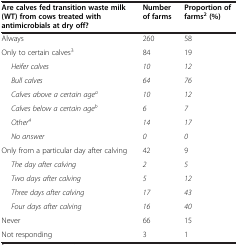
<table><thead><tr><td><b>Are calves fed transition waste milk (WT) from cows treated with antimicrobials at dry off?</b></td><td><b>Number of farms</b></td><td><b>Proportion of farms<sup>2 </sup>(%)</b></td></tr></thead><tbody><tr><td>Always</td><td>260</td><td>58</td></tr><tr><td>Only to certain calves<sup>3</sup></td><td>84</td><td>19</td></tr><tr><td><i>Heifer calves</i></td><td><i>10</i></td><td><i>12</i></td></tr><tr><td><i>Bull calves</i></td><td><i>64</i></td><td><i>76</i></td></tr><tr><td><i>Calves above a certain age</i><sup><i>a</i></sup></td><td><i>10</i></td><td><i>12</i></td></tr><tr><td><i>Calves below a certain age</i><sup><i>b</i></sup></td><td><i>6</i></td><td><i>7</i></td></tr><tr><td><i>Other</i><sup><i>4</i></sup></td><td><i>14</i></td><td><i>17</i></td></tr><tr><td><i>No answer</i></td><td><i>0</i></td><td><i>0</i></td></tr><tr><td>Only from a particular day after calving</td><td>42</td><td>9</td></tr><tr><td><i>The day after calving</i></td><td><i>2</i></td><td><i>5</i></td></tr><tr><td><i>Two days after calving</i></td><td><i>5</i></td><td><i>12</i></td></tr><tr><td><i>Three days after calving</i></td><td><i>17</i></td><td><i>43</i></td></tr><tr><td><i>Four days after calving</i></td><td><i>16</i></td><td><i>40</i></td></tr><tr><td>Never</td><td>66</td><td>15</td></tr><tr><td>Not responding</td><td>3</td><td>1</td></tr></tbody></table>